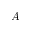
A _ { \circ }